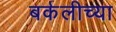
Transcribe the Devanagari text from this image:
बर्कलीच्या